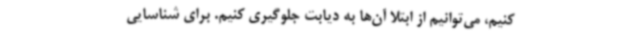
کنیم، می‌توانیم از ابتلا آن‌ها به دیابت جلوگیری کنیم. برای شناسایی